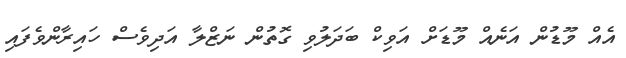
އެއް މޫޑުން އަނެއް މޫޑަށް އަވިކް ބަދަލުވި ގޮތުން ނަޒްލާ އަދިވެސް ހައިރާންވެފައި